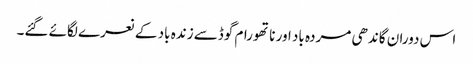
اس دوران گاندھی مردہ باد اور ناتھورام گوڈسے زندہ باد کے نعرے لگائے گئے۔